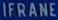
IFRANE